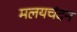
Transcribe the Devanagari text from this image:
मलयचंदन